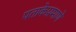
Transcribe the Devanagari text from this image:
पताकेप्रमाणे